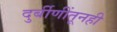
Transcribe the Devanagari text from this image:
दुर्बीणींतूनही